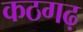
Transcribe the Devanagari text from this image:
कठगढ़